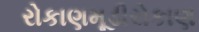
રોકાણમૂડીરોકાણ